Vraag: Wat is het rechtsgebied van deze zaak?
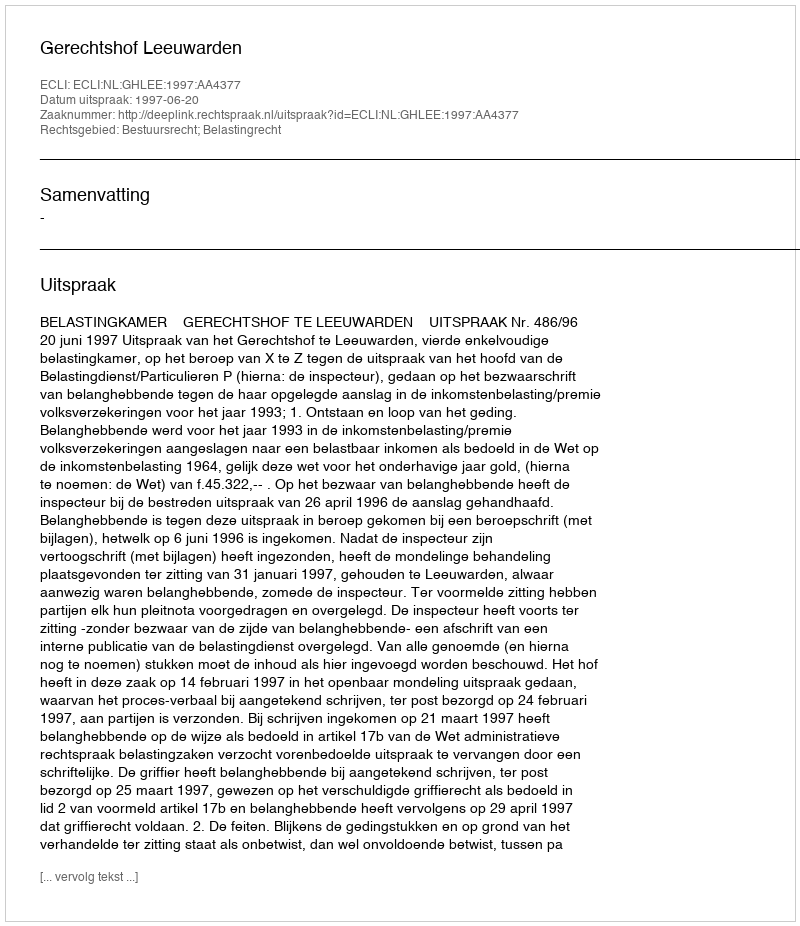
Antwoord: Bestuursrecht; Belastingrecht